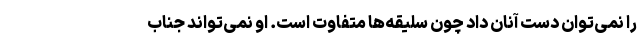
را نمی‌توان دست آنان داد چون سلیقه‌ها متفاوت است. او نمی‌تواند جناب